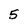
Character: 5